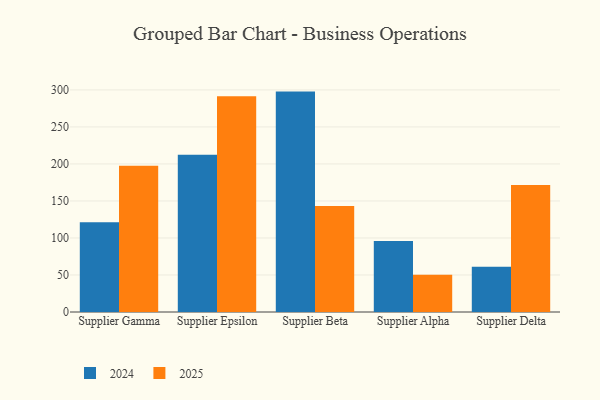
{"axis": {"x": "Supplier", "y": "Shipments"}, "legend": ["2024", "2025"], "data": [{"x": "Supplier Gamma", "y": 197.4, "type": "2025"}, {"x": "Supplier Gamma", "y": 121.3, "type": "2024"}, {"x": "Supplier Epsilon", "y": 291.4, "type": "2025"}, {"x": "Supplier Epsilon", "y": 212.5, "type": "2024"}, {"x": "Supplier Beta", "y": 143.2, "type": "2025"}, {"x": "Supplier Beta", "y": 297.7, "type": "2024"}, {"x": "Supplier Alpha", "y": 50.2, "type": "2025"}, {"x": "Supplier Alpha", "y": 96.0, "type": "2024"}, {"x": "Supplier Delta", "y": 171.4, "type": "2025"}, {"x": "Supplier Delta", "y": 61.2, "type": "2024"}]}